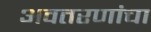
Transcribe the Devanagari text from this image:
अवतरणांचा